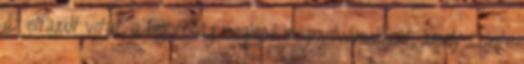
az elfajult vitát, a bigottság meglepő megnyilvánulását, amely szinte